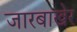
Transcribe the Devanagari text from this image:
जारबाखेर